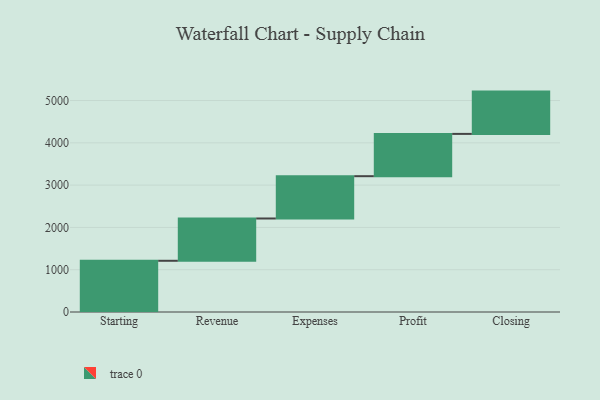
{"axis": {"x": "Step", "y": "Value"}, "legend": [""], "data": [{"x": "Starting", "y": 1211.0, "type": ""}, {"x": "Revenue", "y": 1000, "type": ""}, {"x": "Expenses", "y": 1000, "type": ""}, {"x": "Profit", "y": 1000, "type": ""}, {"x": "Closing", "y": 1000, "type": ""}]}